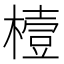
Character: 𪳮